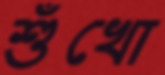
শুঁখো